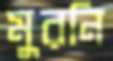
মুরনি